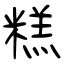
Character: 糕